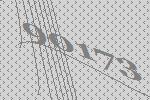
90173